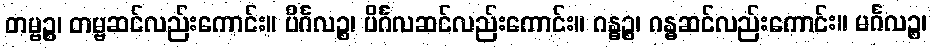
တမ္ဗဉ္စ၊ တမ္ဗဆင်လည်းကောင်း။ ပိင်္ဂလဉ္စ၊ ပိင်္ဂလဆင်လည်းကောင်း။ ဂန္ဓဉ္စ၊ ဂန္ဓဆင်လည်းကောင်း။ မင်္ဂလဉ္စ၊